Heimtali_vallavalitsus, lk 43
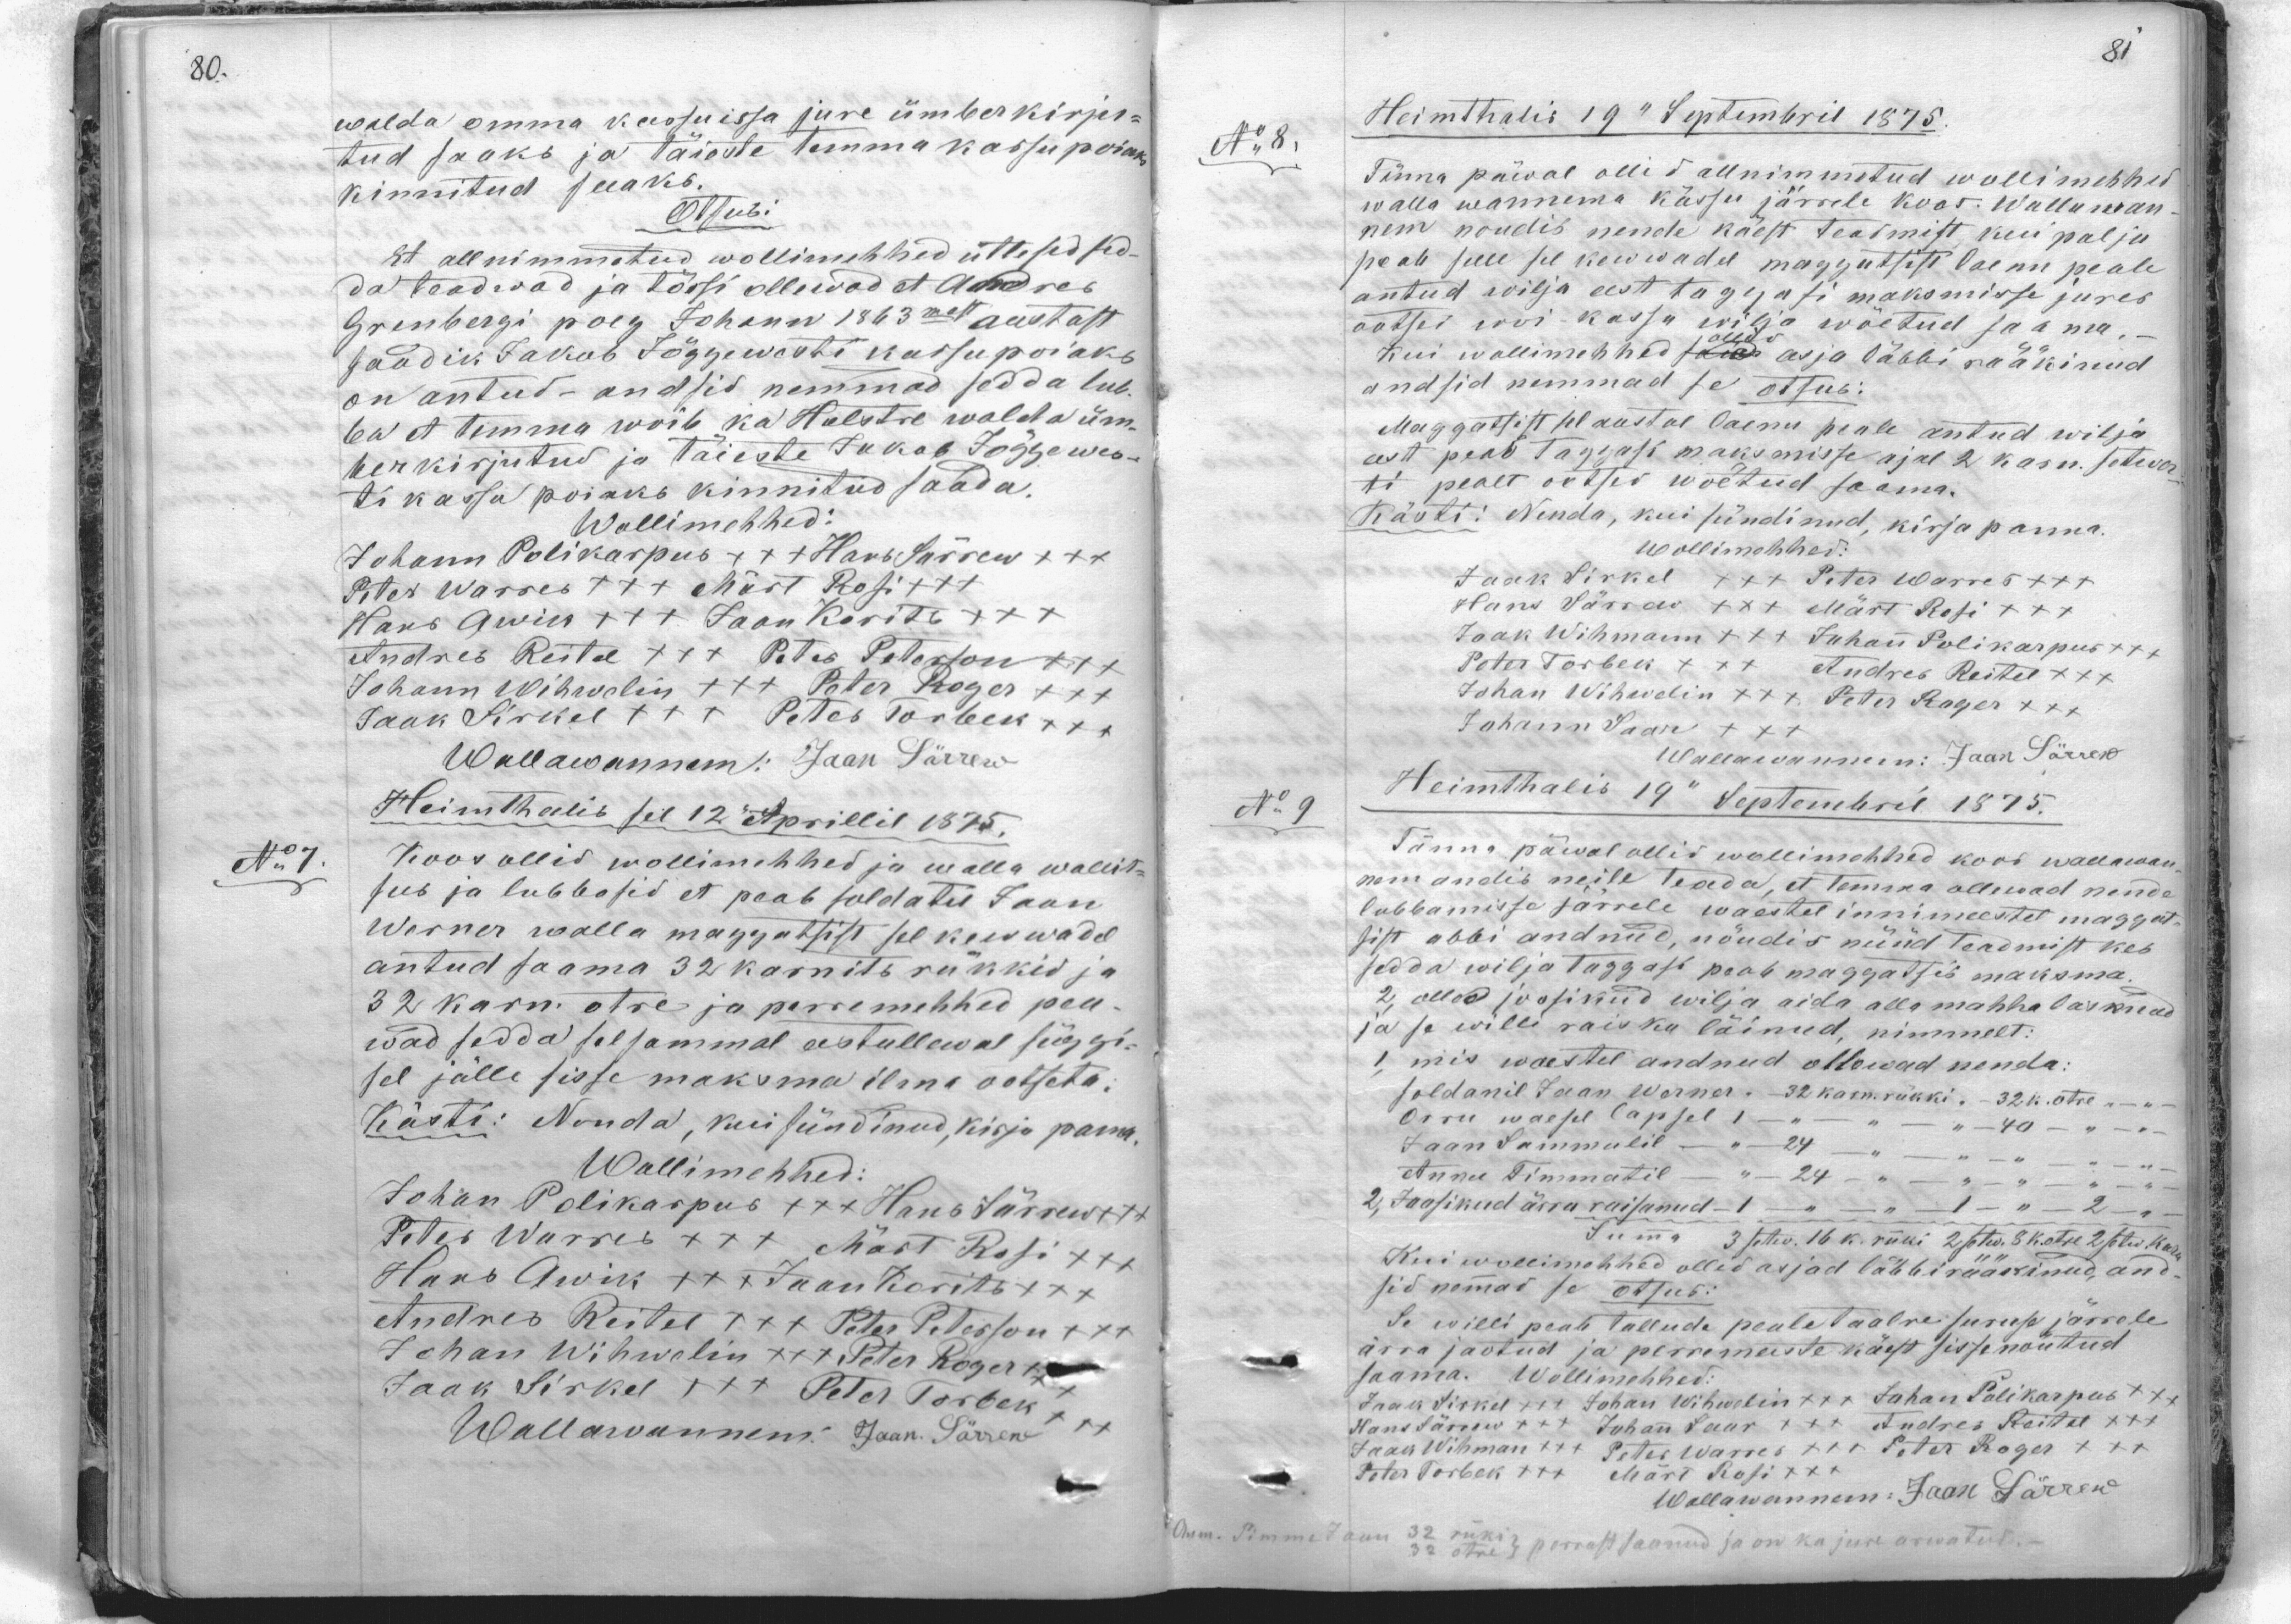
walda omma kassuissa jure ümberkirju-
tud saaks ja täieste temma kassupoiaks
kinnitud peaks.
Otsus:
Et all nimmetud wollimehhed ütlesid sed-
da teadwad ja tõssi ollewad et Andres
Grenbergi poeg Johann 1863 mest aastast
saadik Jakob Jõggewerti kassupoiaks
on antud - andsid nemmad sedda lub-
ba et temma wõib ka Holstre waleda üm-
perkirjutud ja täieste Jakob Jõgewes-
ti kassu poiaks kinnitud saada.
Wollimehhed:
Johann Polikarpus +++ +Hans Särrew +++
Peter Warres +++ Märt Rosi +++
Hans Awik XXX Jaan Korits XXX
Andreb Reitel XXX Peter Peterson +++
Johann Wihwelin XXX Peter Roger +++
Jaak Sirkel +++ Peter Torbek +++
Wallawanem: Jaan Särrew
Heimthalis sel 12 Aprillil 1875.
No:7
Koos ollid wollimehhed ja walla wallit-
sub ja lubbasid et peab soldatil Jaan
Werner walla maggatsist sel kewadel
antud saama 32 karnits rükkid ja
32 karn otre ja perremehhed pea-
wad sedda selsammal eestullewal süggi-
sel jälle sisse maksma ilma ootseta:
Kästi: Nonda, kui sündinud, kirju pama.
Wollimehhed:
Johan Polikarpus +++ Hans Särrew +++
Peter Warres +++ Märt Rosi +++
Hans Awik XXX Jaan Korits +++
Andres Reitel XXX Peter Peterson +++
Johan Wihwelin XXX Peter Roger x.
Jaak Sirkel XXX Peter Torbek +++
Wallawannem. Jaan. Särrew

Heimthalis 19" Septembril 1875.
No: 8.
Tänna päwal ollid allnimmetud wollimehhed
walla wannema kässu järrele koos. Wallawan-
nem noudis nende käest teadmist, kui palju
peab selle sel kewwadel maggatsist laenu peale
antud wilja eest taggasi maksmisse jures
ootsei woi kassu wilja wõetud saama,
Kui wollimehhed ollid asja läbbi rääkinud
andsid nemmad se otsus:
Maggatsist sel aastal laenu peale antud wilja
eest peab taggasi maksmisse ajal 2 kasu. setwer-
ti pealt ootsed wõetud saama.
Kästi: Nenda, kui sündinud, kirja panna.
Wollimehhed:
Jaak Sirkel XXX Peter Warres +++
Hans Särrew XXX Märt Rosi XXX
Jaak Wihmann xxx Juhan Polikarpus +++
Peter Torbek XXX Andres Reitel XXX
Johan Wihwelin XXX Peter Roger XXX
Johann Saar
Wallawanem: Jaan Särrew
No: 9
Heimthalis 19" Septembril 1875.
Tänna päwal ollid wollimehhed koos wallawan-
em andis neile teada, et temma ollawad nende
lubbamisse järrele waestel innimeestel maggat-
sist abbi andnud, nõudis nüüd teadmist kes
sedda wilja taggasi peab maggatsis maksma.
2, ollid joosikud wilja aida alla mahha lasknud
ja se willi raisku läinud, nimmelt:
1, mis waestel andnud ollewad nenda:
Soldanil Jaan Werner - 32 karn. rükki, - 32 k. otre " - "
Orru waesel lapsel 1 -"- - ",- 40 - " -
Jaan Sammulil - " 24 - " - " "
Annu Timmatil -"- 24 - " - " " "
2) Joosikud ärra raisanud - 1 -"- - 1-" 2 -
Summa 3 settw.. 16 k. rüki 2 setw. 3 k. otre 2 setw. kaeru
Kui wollimehhed ollid asjad läbbi rääkinud, and-
sid nemad se otsus:
Se willi peab tallude peale taalre suruse järrele
ärra jaotud ja perremeeste käest sissenõutud
saama. Wollimehhed:
Jaak Sirkel +++ Johan Wihwelin +++ Johan Polikarpus +++
Hans Särrew XXX Johan Saar XXX Andres Reitel XXX
Jaan Wihman +++ Peter Warras XXX Peter Roger XXX
Peter Torbek +++ Märt Rosi XXX
Wallawannem: Jaan Särrew
Omm. Pimme Jaan 32 rüki 32 otre perrast saanud ja on ka jure arwatud.